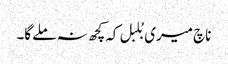
ناچ میری بُلبل کہ کچھ نہ ملے گا۔